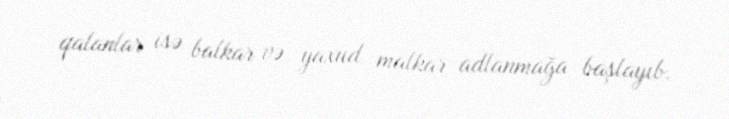
qalanlar isə balkar və yaxud malkar adlanmağa başlayıb.